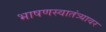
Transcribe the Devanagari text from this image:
भाषणस्वातंत्र्यावर